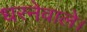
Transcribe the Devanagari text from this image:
धरनेवाले।